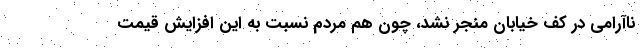
ناآرامی در کف خیابان منجر نشد، چون هم مردم نسبت به این افزایش قیمت‌